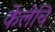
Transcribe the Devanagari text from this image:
केलेचि